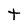
Character: t